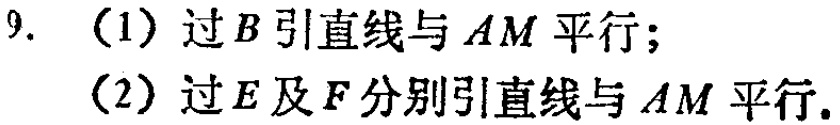
9. （1）过\(B\)引直线与\(AM\)平行；

（2）过\(E\)及\(F\)分别引直线与\(AM\)平行.